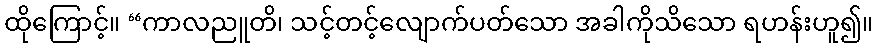
ထိုကြောင့်။ “ကာလညူတိ၊ သင့်တင့်လျောက်ပတ်သော အခါကိုသိသော ရဟန်းဟူ၍။